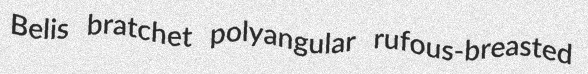
Belis bratchet polyangular rufous-breasted